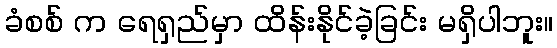
ခံစစ် က ရေရှည်မှာ ထိန်းနိုင်ခဲ့ခြင်း မရှိပါဘူး။